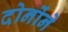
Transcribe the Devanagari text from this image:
दोनोंने